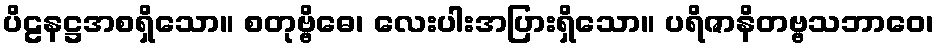
ပိဠနဋ္ဌအစရှိသော။ စတုဗ္ဗိဓေ၊ လေးပါးအပြားရှိသော။ ပရိဇာနိတဗ္ဗသဘာဝေ၊